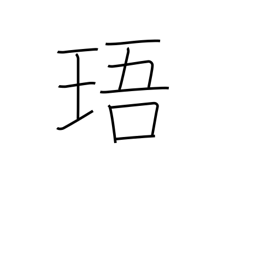
Meaning: jewel